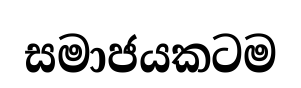
සමාජයකටම